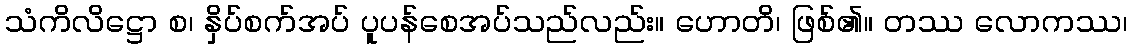
သံကိလိဋ္ဌော စ၊ နှိပ်စက်အပ် ပူပန်စေအပ်သည်လည်း။ ဟောတိ၊ ဖြစ်၏။ တဿ လောကဿ၊